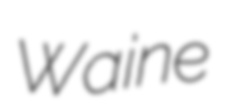
Waine